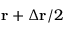
\mathbf { r } + \Delta \mathbf { r } / 2